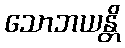
သောဘယန္တိ